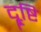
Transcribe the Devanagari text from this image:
दॄ्ष्टि